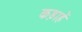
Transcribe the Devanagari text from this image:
कड़ाहें